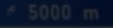
*5000m